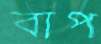
বাপ